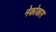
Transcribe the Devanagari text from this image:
नेकोकार